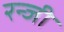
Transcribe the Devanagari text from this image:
रन्जी